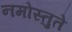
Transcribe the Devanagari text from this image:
नमोस्तुते